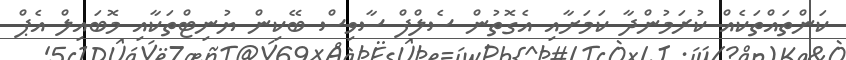
ކަންތައްތަކެއް ކުރަމުންދާ ކަމަށާއި އެގޮތުން ސެލްފް ސާވިސް ބޭކިން ޔުނިޓްތަކާއި މޮބައިލް އެޕް